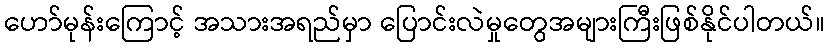
ဟော်မုန်းကြောင့် အသားအရည်မှာ ပြောင်းလဲမှုတွေအများကြီးဖြစ်နိုင်ပါတယ်။